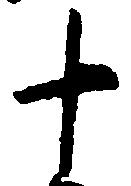
十